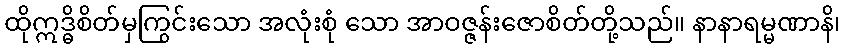
ထိုဣဒ္ဓိစိတ်မှကြွင်းသော အလုံးစုံ သော အာဝဇ္ဇန်းဇောစိတ်တို့သည်။ နာနာရမ္မဏာနိ၊